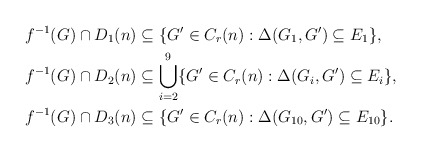
\begin{align*}f^{-1}(G)\cap D_1(n) &\subseteq \{G'\in C_r(n): \Delta(G_1,G')\subseteq E_1\}, \\f^{-1}(G)\cap D_2(n) &\subseteq \bigcup_{i=2}^9 \{G'\in C_r(n): \Delta(G_i,G')\subseteq E_i\}, \\f^{-1}(G)\cap D_3(n) &\subseteq \{G'\in C_r(n): \Delta(G_{10},G')\subseteq E_{10}\}.\end{align*}